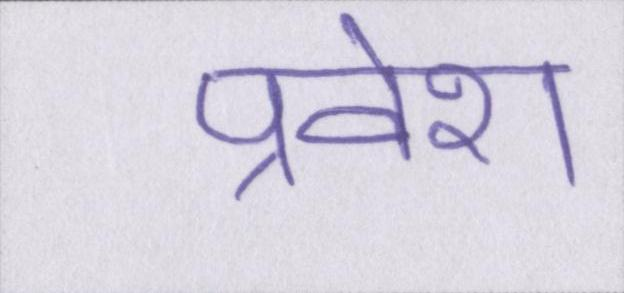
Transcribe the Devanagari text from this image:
प्रवेश